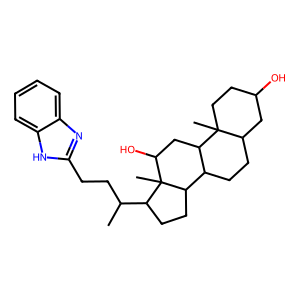
SMILES: CC(CCc1nc2ccccc2[nH]1)C1CCC2C3CCC4CC(O)CCC4(C)C3CC(O)C12C
Inhibits HIV replication: No